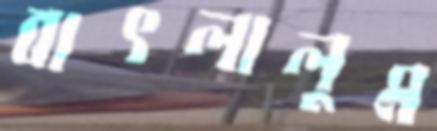
বাৎলালুম